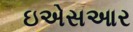
ઇએસઆર